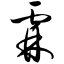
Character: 霖